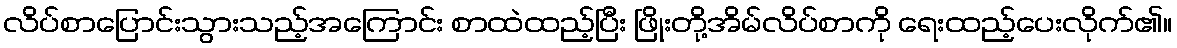
လိပ်စာပြောင်းသွားသည့်အကြောင်း စာထဲထည့်ပြီး ဖြိုးတို့အိမ်လိပ်စာကို ရေးထည့်ပေးလိုက်၏။